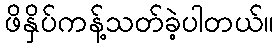
ဖိနှိပ်ကန့်သတ်ခဲ့ပါတယ်။